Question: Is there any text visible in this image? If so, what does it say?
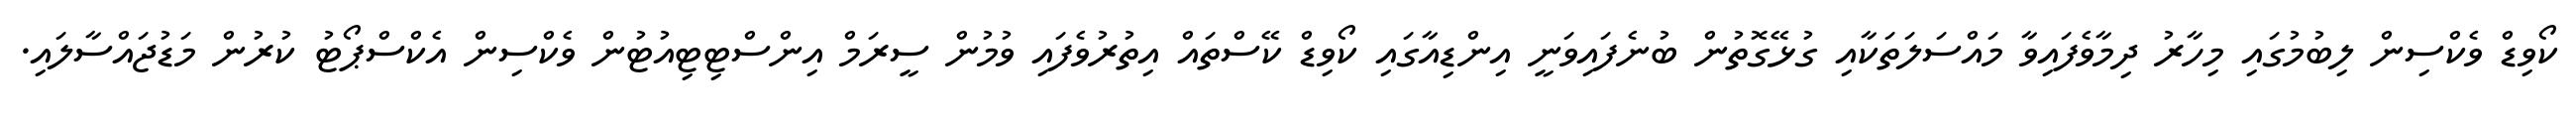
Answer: ކޯވިޑް ވެކްސިން ލިބުމުގައި މިހާރު ދިމާވެފައިވާ މައްސަލަތަކާއި ގުޅޭގޮތުން ބުނެފައިވަނީ އިންޑިއާގައި ކޯވިޑް ކޭސްތައް އިތުރުވެފައި ވުމުން ސީރަމް އިންސްޓިޓިއުޓުން ވެކްސިން އެކްސްޕޯޓު ކުރުން މަޑުޖައްސާލައި.